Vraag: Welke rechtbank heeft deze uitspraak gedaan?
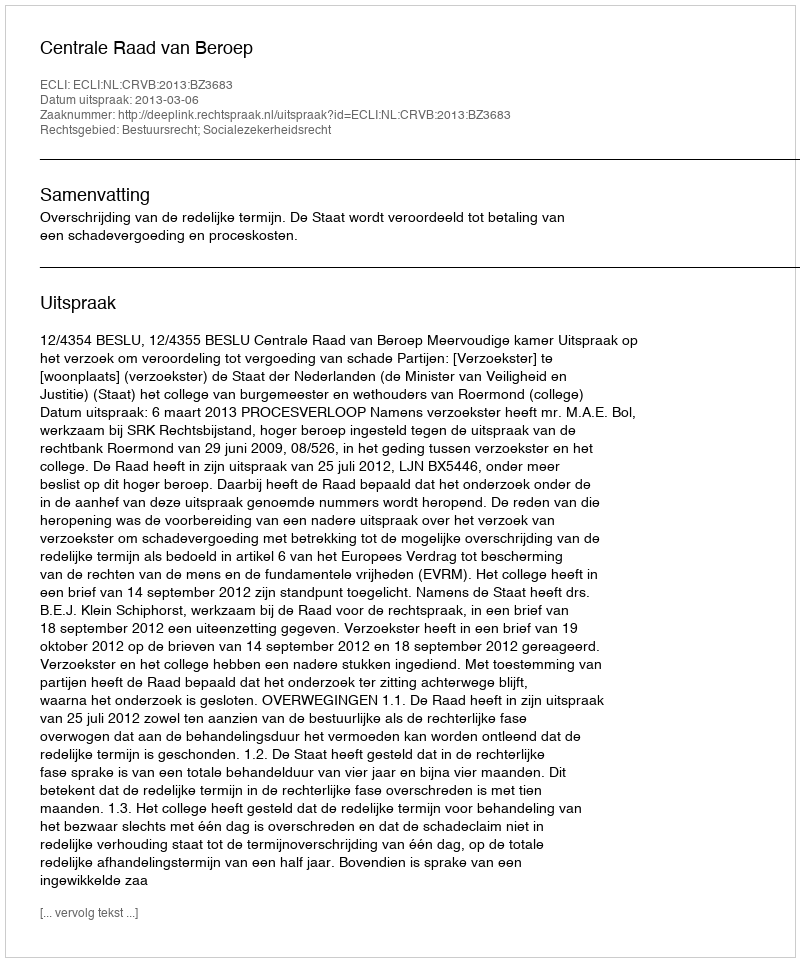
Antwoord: Centrale Raad van Beroep